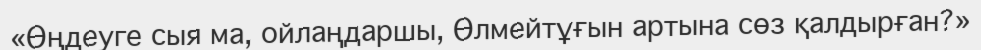
«Өңдеуге сыя ма, ойлаңдаршы, Өлмейтұғын артына сөз қалдырған?»